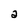
Character: 2